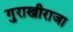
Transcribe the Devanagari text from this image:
गुराखीराजा